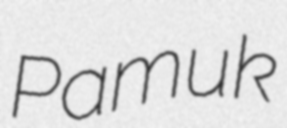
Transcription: Pamuk